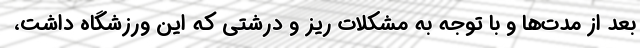
بعد از مدت‌ها و با توجه به مشکلات ریز و درشتی که این ورزشگاه داشت،